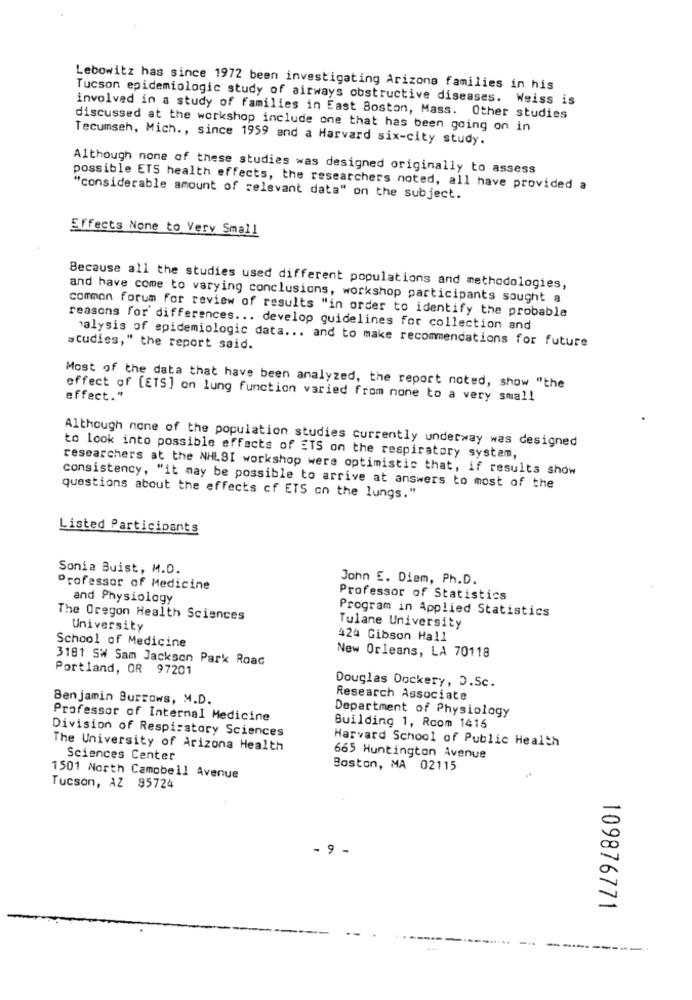
Lebowitz has since 1972 been investigating Arizona families in his
Tucson epidemiologic study of airways obstructive diseases. Weiss is
involved in a study of families in East Boston, Mass. Other studies
discussed at the workshop include one that has been going on in
Tecumseh, Mich ., since 1959 and a Harvard six-city study.
Although none of these studies was designed originally to assess
possible ETS health effects, the researchers noted, all have provided a
"considerable amount of relevant data" on the subject.
Effects None to Very Small
Because all the studies used different populations and methodologies,
and have come to varying conclusions, workshop participants sought a
common forum for review of results "in order to identify the probable
reasons for differences ... develop guidelines for collection and
alysis of epidemiologic data ... and to make recommendations for future
studies," the report said.
Most of the data that have been analyzed, the report noted, show "the
effect."
effect of [ETS] on lung function varied from none to a very small
Although none of the population studies currently underway was designed
to look into possible effects of ETS on the respiratory system,
researchers at the NHLSI workshop wers optimistic that, if results show
consistency, "it may be possible to arrive at answers to most of the
questions about the effects of ETS on the lungs."
Listed Participants
Sonia Buist, M.D.
John E. Diem, Ph.D.
Professor of Medicine
and Physiology
Professor of Statistics
Program in Applied Statistics
The Oregon Health Sciences
University
Tulane University
424 Gibson Hall
School of Medicine
3181 SW Sam Jackson Park Road
New Orleans, LA 70118
Portland, OR 97201
Douglas Dockery, J.Sc.
Benjamin Burrows, M.D.
Research Associate
Department of Physiology
Professor of Internal Medicine
Division of Respiratory Sciences
Building 1, Room 1416
Harvard School of Public Health
The University of Arizona Health
Sciences Center
665 Huntington Avenue
Boston, MA 02115
1501 North Campbell Avenue
Tucson, AZ 85724
- 9 -
109876771